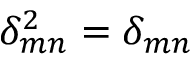
\delta _ { m n } ^ { 2 } = \delta _ { m n }